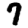
Digit: 7